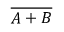
\overline { { A + B } }